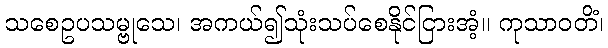
သစေဥပသမ္ဗုသေ၊ အကယ်၍သုံးသပ်စေနိုင်ငြားအံ့။ ကုသာဝတိံ၊